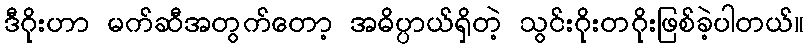
ဒီဂိုးဟာ မက်ဆီအတွက်တော့ အဓိပ္ပာယ်ရှိတဲ့ သွင်းဂိုးတဂိုးဖြစ်ခဲ့ပါတယ်။